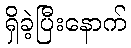
ရှိခဲ့ပြီးနောက်